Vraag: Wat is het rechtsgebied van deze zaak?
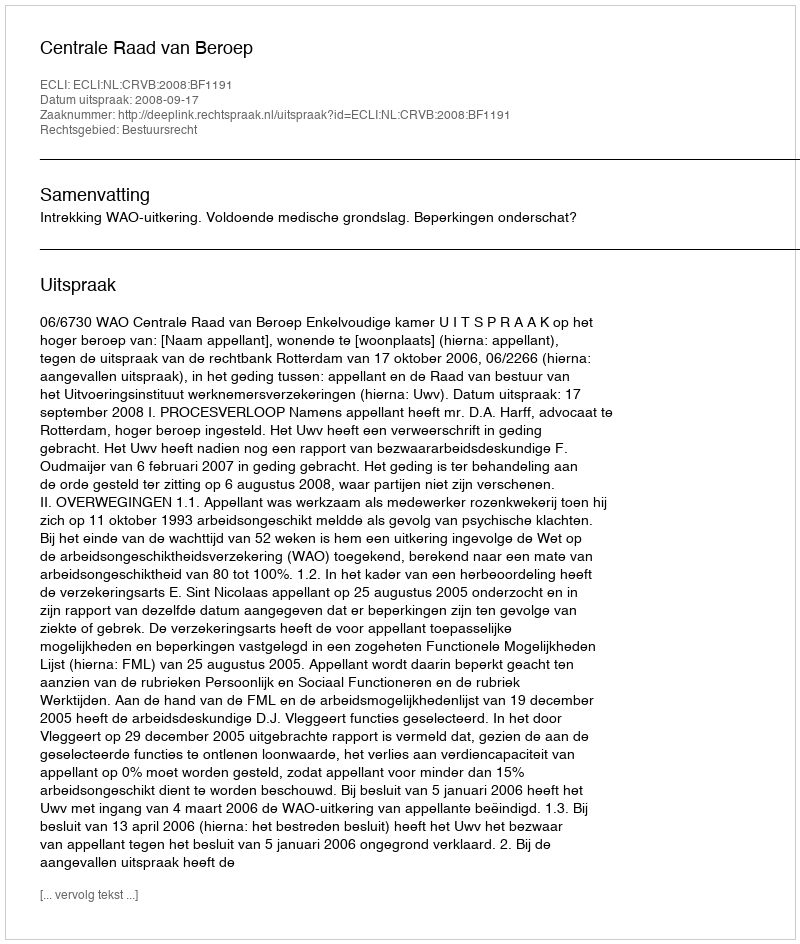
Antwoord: Bestuursrecht